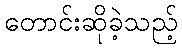
တောင်းဆိုခဲ့သည့်